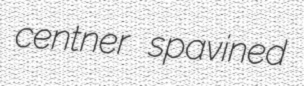
centner spavined